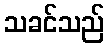
သခင်သည်